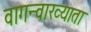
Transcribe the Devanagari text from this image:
वागन्वाख्याता